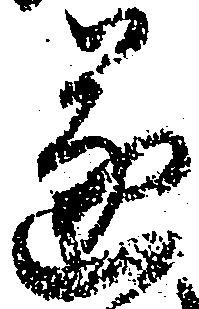
遂